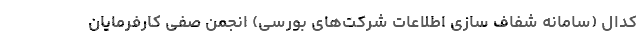
کدال (سامانه شفاف سازی اطلاعات شرکت‌های بورسی) انجمن صفی کارفرمایان